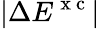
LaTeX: |\Delta E^{\mathrm{~x~c~}}|